Annual administration report of the Civil Veterinary Department of India - 1892-1893
Year: 1892
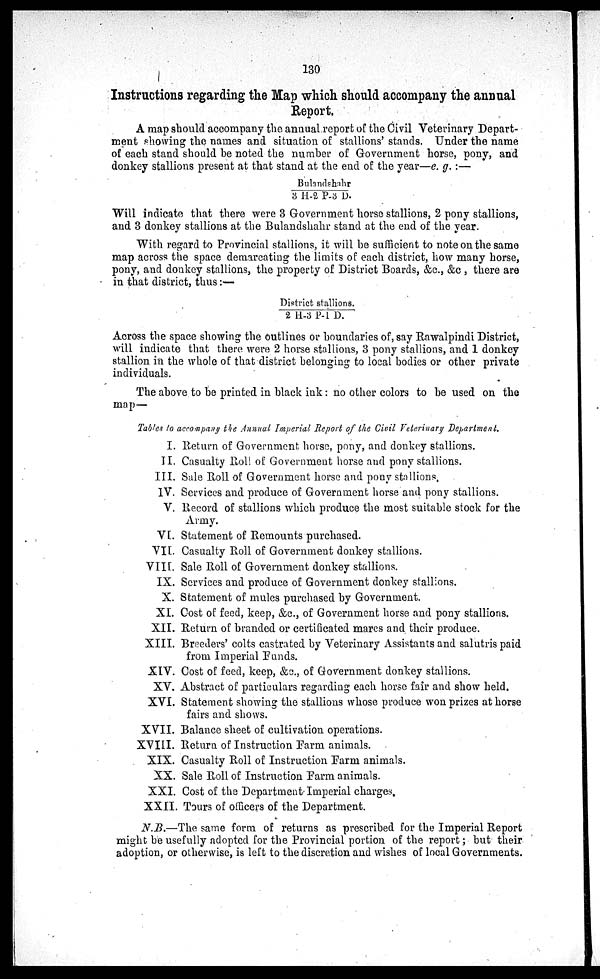
130
Instructions regarding the Map which should accompany the annual
Report.
A map should accompany the annual report of the Civil Veterinary Depart-
ment showing the names and situation of stallions' stands. Under the name
of each stand should be noted the number of Government horse, pony, and
donkey stallions present at that stand at the end of the year—e. g.:—
Bulandshahr
3 H-2 P-3 D.
Will indicate that there were 3 Government horse stallions, 2 pony stallions,
and 3 donkey stallions at the Bulandshahr stand at the end of the year.
With regard to Provincial stallions, it will be sufficient to note on the same
map across the space demarcating the limits of each district, how many horse,
pony, and donkey stallions, the property of District Boards, &c., &c , there are
in that district, thus:—
District st allions.
2 H-3 P-1 D.
Across the space showing the outlines or boundaries of, say Rawalpindi District,
will indicate that there were 2 horse stallions, 3 pony stallions, and 1 donkey
stallion in the whole of that district belonging to local bodies or other private
individuals.
The above to be printed in black ink: no other colors to be used on the
map—
Tables to accompany the Annual. Imperial Report of the Civil Veterinary Department.
I. Return of Government horse, pony, and donkey stallions.
II. Casualty Roll of Government horse and pony stallions.
III. Sale Roll of Government horse and pony stallions,
IV. Services and produce of Government horse and pony stallions.
V. Record of stallions which produce the most suitable stock for the
Army.
VI. Statement of Remounts purchased.
VII. Casualty Roll of Government donkey stallions.
VIII. Sale Roll of Government donkey stallions.
IX. Services and produce of Government donkey stallions.
X. Statement of mules purchased by Government.
XI. Cost of feed, keep, &c, of Government horse and pony stallions.
XII. Return of branded or certificated mares and their produce.
XIII. Breeders' colts castrated by Veterinary Assistants and salutris paid
from Imperial Funds.
XIV. Cost of feed, keep, &c., of Government donkey stallions.
XV. Abstract of particulars regarding each horse fair and show held.
XVI. Statement showing the stallions whose produce won prizes at horse
fairs and shows.
XVII. Balance sheet of cultivation operations.
XVIII. Return of Instruction Farm animals.
XIX. Casualty Roll of Instruction Farm animals.
XX. Sale Roll of Instruction Farm animals.
XXI. Cost of the Department Imperial charges.
XXII. Tours of officers of the Department.
N.B.—The same form of returns as prescribed for the Imperial Report
might be usefully adopted for the Provincial portion of the report; but their
adoption, or otherwise, is left to the discretion and wishes of local Governments.